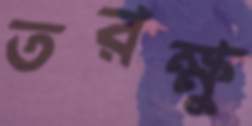
তরক্ষু